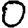
Digit: 0